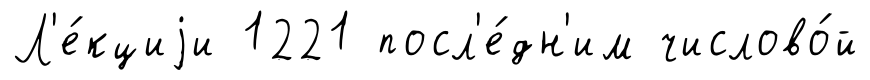
Л'е́кциjи 1221 посл'е́дн'им числово́й